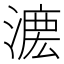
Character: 𣼄